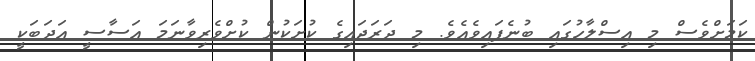
ކަމަށްވެސް މި އިސްލާހުގައި ބުނެފައިވެއެވެ. މި ދަރަޖައިގެ ކުށަކުން ކުށްވެރިވާނަމަ އަސާސީ އަދަބަކީ